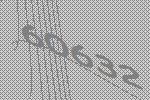
60632